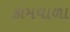
કામવાળા